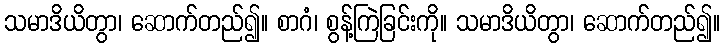
သမာဒိယိတွာ၊ ဆောက်တည်၍။ စာဂံ၊ စွန့်ကြဲခြင်းကို။ သမာဒိယိတွာ၊ ဆောက်တည်၍။